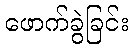
ဖောက်ခွဲခြင်း